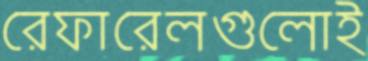
রেফারেলগুলোই